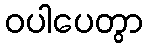
ဝပါပေတွာ